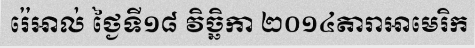
រ៉េអាល់ ថ្ងៃទី១៨ វិច្ឆិកា ២០១៤តារាអាមេរិក